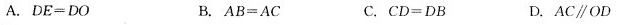
A.$$D E = D O$$ B.$$A B = A C$$ C.$$C D = D B$$ D.$$A C\paraOD$$